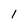
Character: l